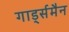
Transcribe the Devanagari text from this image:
गार्ड्समैन